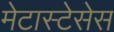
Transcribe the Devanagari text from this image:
मेटास्टेसेस